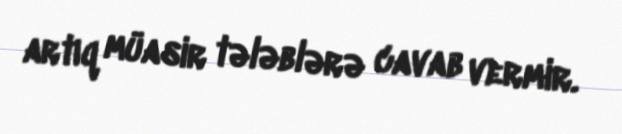
artıq müasir tələblərə cavab vermir.